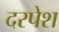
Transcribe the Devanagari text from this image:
दरपेश